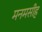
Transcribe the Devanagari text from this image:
मनमसीह